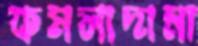
কমলাদামা